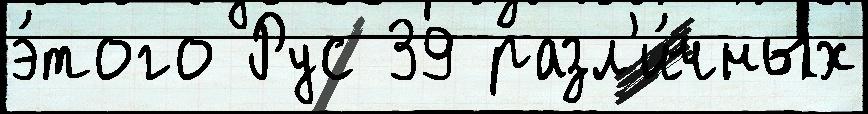
э́того Рус 39 разл'и́чных